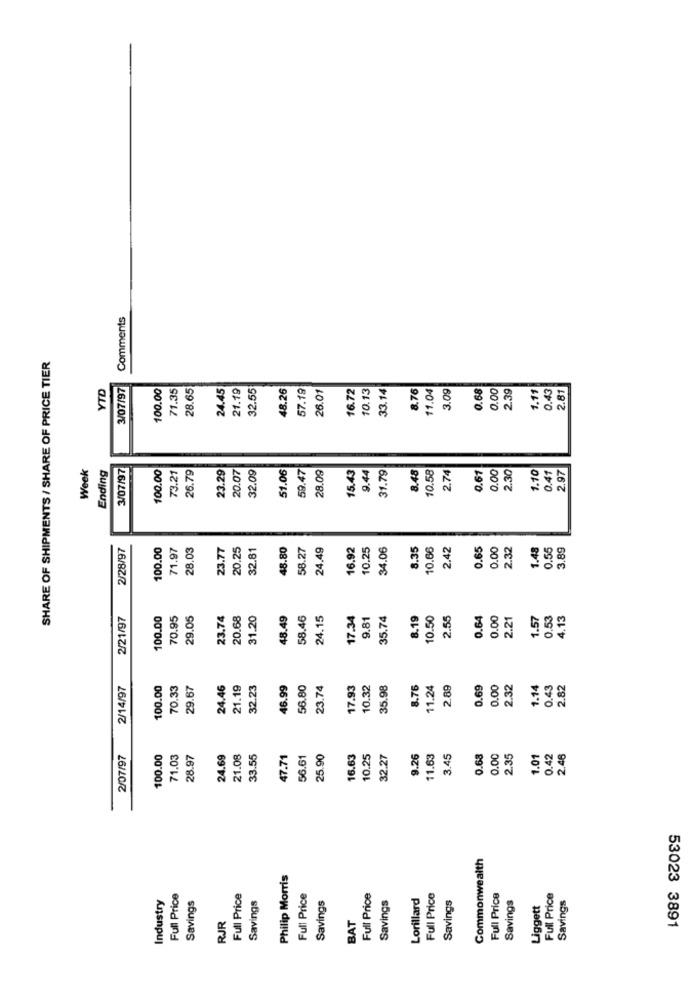
Comments
SHARE OF SHIPMENTS / SHARE OF PRICE TIER
YTD
3/07/97
100.00
71.35
28.65
24.45
21.19
32.55
48.26
57.19
26.01
16.72
10.13
33.14
8.76
11.04
3.09
0.68
0.00
239
1.11
0.43
2.81
Week
Ending
3/07/97
100.00
73.21
26.79
23.29
20.07
32.09
51.06
59.47
28.09
15.43
9.44
8.48
10.58
0.67
0.00
2.30
1.10
2.97
31.79
2.74
0.41
2/28/97
100.00
71.97
28.03
23.77
20.25
32.81
48.80
58.27
24.49
16.92
10.25
34.06
8.35
10.66
2.42
0.65
0.00
2.32
1.48
0.55
3.89
2/21/97
100.00
70.95
29.05
23.74
20.68
31.20
48.49
58.46
24.15
17.34
9.81
35.74
8.19
10.50
2.55
0.64
0.00
2.21
1.57
0.53
4.13
2/14/97
100.00
70.33
29.67
24.46
21.19
32.23
46.99
56.80
23.74
17.93
10.32
35.98
8.76
11.24
2.89
0.69
0.00
2.32
1.14
0.43
2.82
2/07/97
100.00
71.03
28.97
24.69
21.08
33.55
47.71
56.61
25.90
16.63
10.25
32.27
9.26
11.63
3.45
0.68
0.00
2.35
1.01
0.42
2.46
Commonwealth
Philip Morris
Industry
Full Price
Full Price
Full Price
Savings
Full Price
Lorillard
Full Price
Full Price
Full Price
Savings
Savings
Savings
Savings
Savings
Savings
Liggett
BAT
RJR
53023 3891